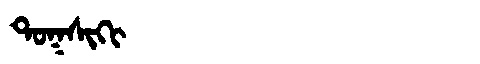
Manchu: ᡨᠣᡴᠰᡳᡴᡳ
Romanization: TOKSIKI